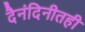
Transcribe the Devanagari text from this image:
दैनंदिनीतही